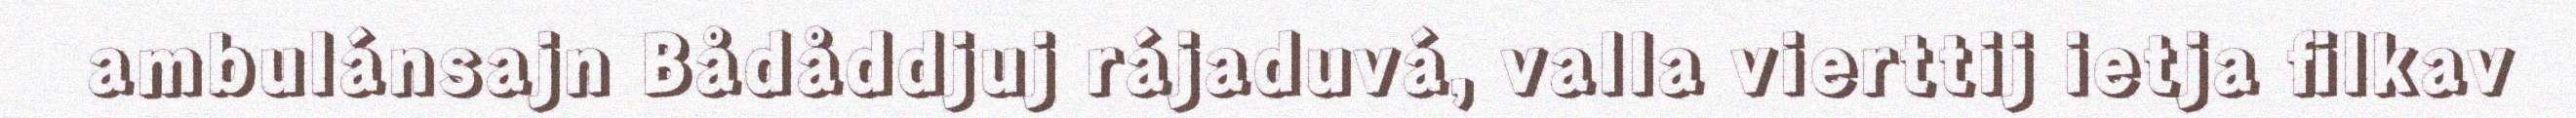
ambulánsajn Bådåddjuj rájaduvá, valla vierttij ietja filkav